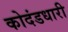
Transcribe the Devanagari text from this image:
कोदंडधारी